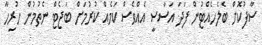
ސާފުކޮށް ބެލެހެއްޓުން ފަދަ އަސާސީ އެއްވެސް ކަމެއް ކުރުމަށް ބަޖެޓް ނެތުމުން ހުރިހާ